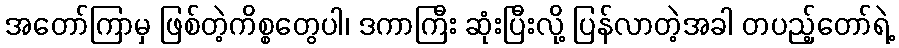
အတော်ကြာမှ ဖြစ်တဲ့ကိစ္စတွေပါ၊ ဒကာကြီး ဆုံးပြီးလို့ ပြန်လာတဲ့အခါ တပည့်တော်ရဲ့